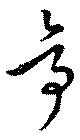
亭